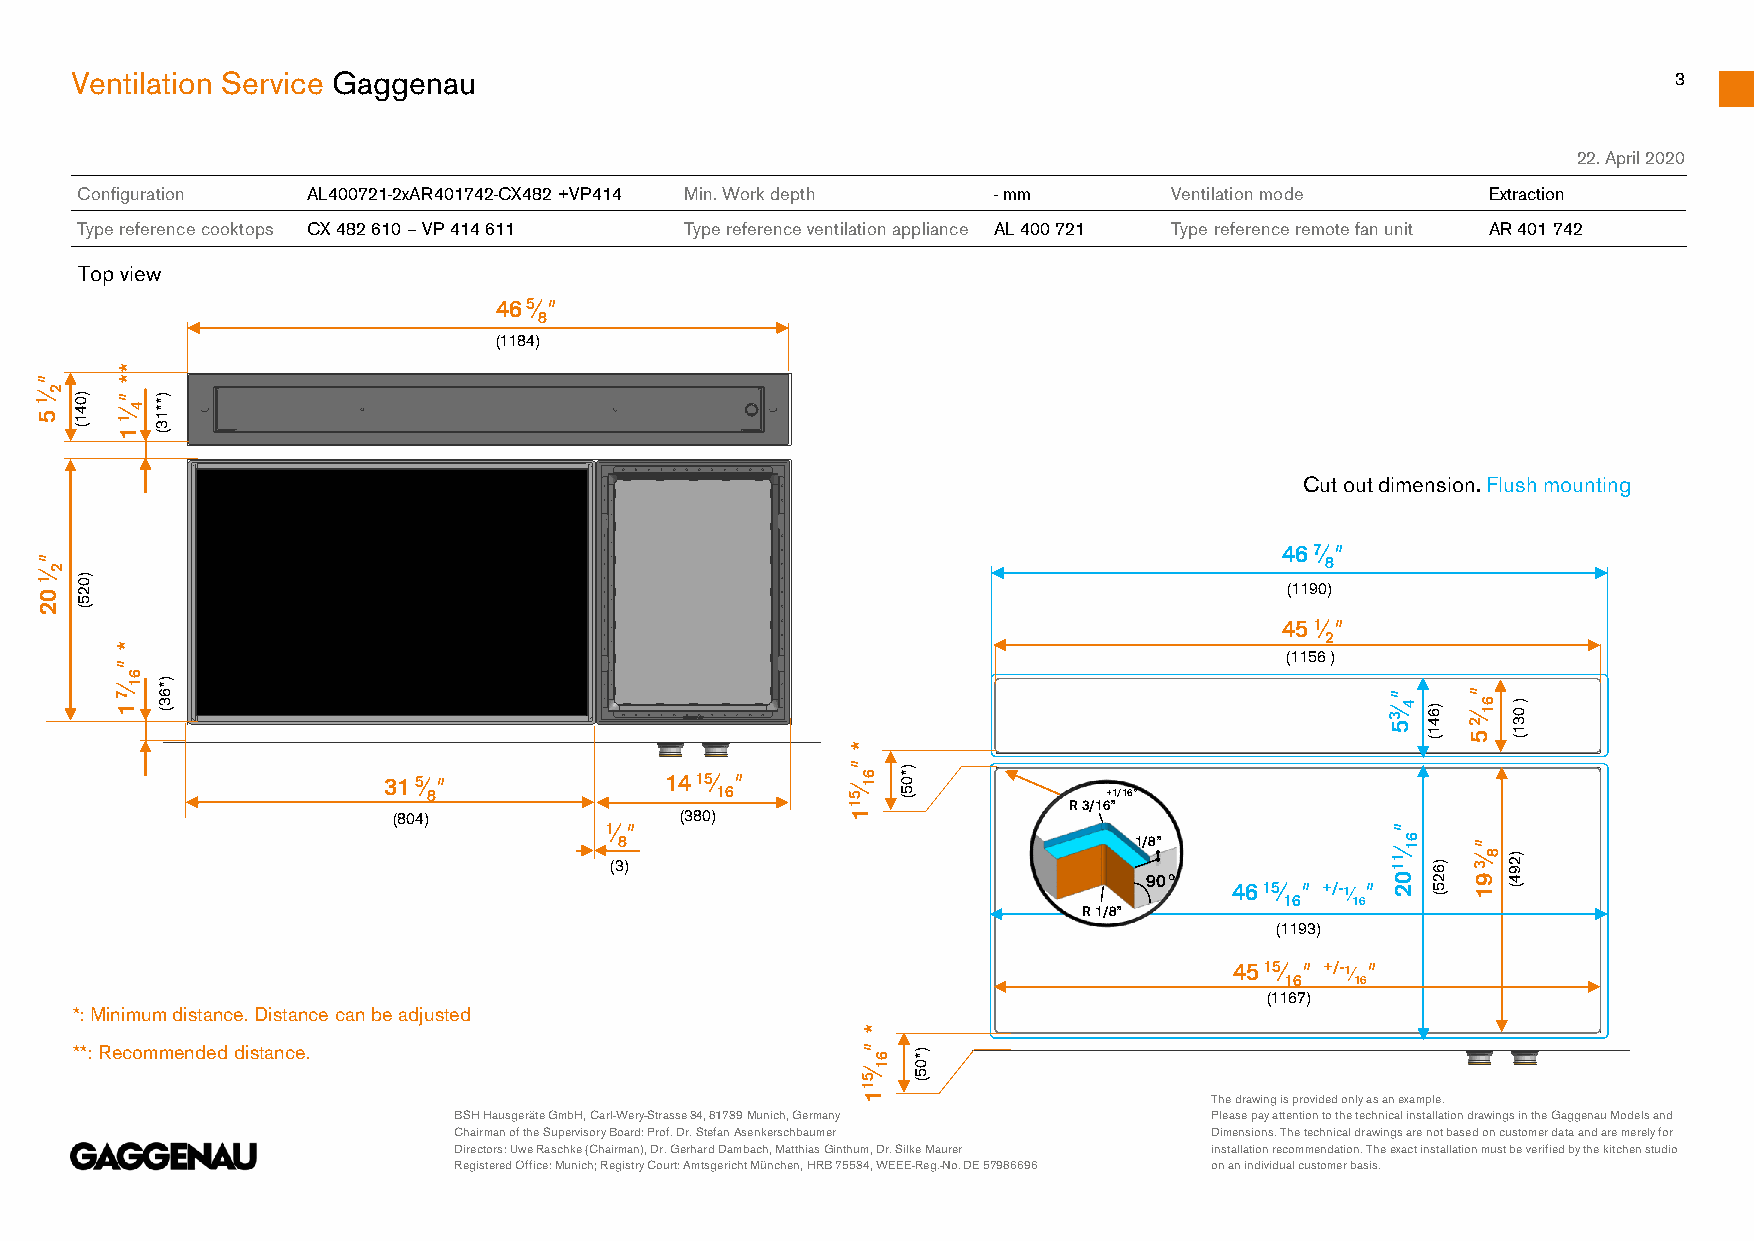
Ventilation Service Gaggenau                                                                              3
 22. April 2020
 Configuration  AL400721-2xAR401742-CX482 +VP414 Min. Work depth -mm      Ventilation mode     Extraction
 Type reference cooktops CX 482 610 –VP 414 611 Type reference ventilation appliance AL 400 721 Type reference remote fan unit AR 401 742
 Top view
 465⁄ ″
 8
 (1184)
 ″     *
 *
 2    ″
 1 5⁄ )0 4 1 ( 1 1⁄4 )* * 1 3 (
 Cut out dimension. Flush mounting
 ″                                                                                  467⁄ ″
 8
 2
 1 0⁄ )0 2
 5
 (1190)
 2  (
 451⁄ ″
 2
 *
 ″                                                                            (1156 )
 6
 7
 1⁄1 )*
 6 3 (
 3″
 5⁄4 )6
 4
 1
 (
 2″
 5⁄6 1 ) 0
 3
 1
 (
 *
 ″
 315⁄ ″             1415⁄ ″      6 1 )* 0
 8                  16       5 1⁄ 5 (       R 3/16+ ”1/16”
 (804)              (380)      1                                   ″
 1⁄ ″
 8                                 1/8”              6 1  ″
 (3)                                                 1 1⁄ )6 3⁄8)2 9
 90°             0  2  9 4
 4615⁄ 16″+/-1⁄ 16″ 2 5 ( 1 (
 R 1/8”
 (1193)
 4515⁄ ″+/-1⁄ ″
 16   16
 (1167)
 *: Minimum distance. Distance can be adjusted
 *
 ″
 **: Recommended distance.                            6 )*
 1 0
 5 1⁄ 5 (
 1                      The drawing is provided only as an example.
 BSH Hausgeräte GmbH, Carl-Wery-Strasse34, 81739 Munich, Germany Please pay attention to the technical installation drawings in the Gaggenau Models and
 Chairman oftheSupervisoryBoard: Prof. Dr. Stefan Asenkerschbaumer Dimensions. The technical drawings are not based on customer data and are merely for
 Directors: Uwe Raschke (Chairman), Dr. Gerhard Dambach, Matthias Ginthum, Dr. Silke Maurer installation recommendation. The exact installation must be verified by the kitchen studio
 Registered Office: Munich; Registry Court: Amtsgericht München, HRB 75534, WEEE-Reg.-No. DE 57986696 on an individual customer basis.